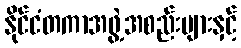
နိုင်ငံတကာအဖွဲ့အစည်းများနှင့်